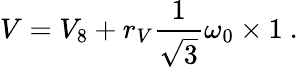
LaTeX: V=V_{8}+r_{V}\frac{1}{\sqrt{3}}\omega_{0}\times 1~.